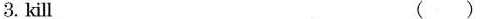
3.kill( )